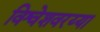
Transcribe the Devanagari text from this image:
विश्वेशवरय्या